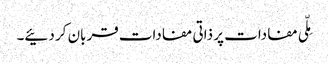
مِلّی مفادات پر ذاتی مفادات قربان کر دئیے۔